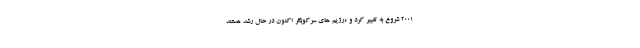
۲۰۰۱ شروع به تغییر کرد و «رژیم های سرکوبگر اکنون در حال رشد هستند